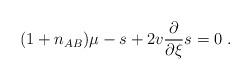
LaTeX: \begin{align*}(1+n_{AB})\mu-s+2v{\partial \over \partial \xi}s=0\ .\end{align*}